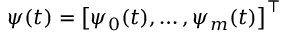
\boldsymbol { \psi } ( t ) = \left[ \psi _ { 0 } ( t ) , \ldots , \psi _ { m } ( t ) \right] ^ { \intercal }